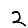
Digit: 2